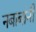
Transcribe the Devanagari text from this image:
नबाबांनी